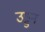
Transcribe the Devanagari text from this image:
उड्डन